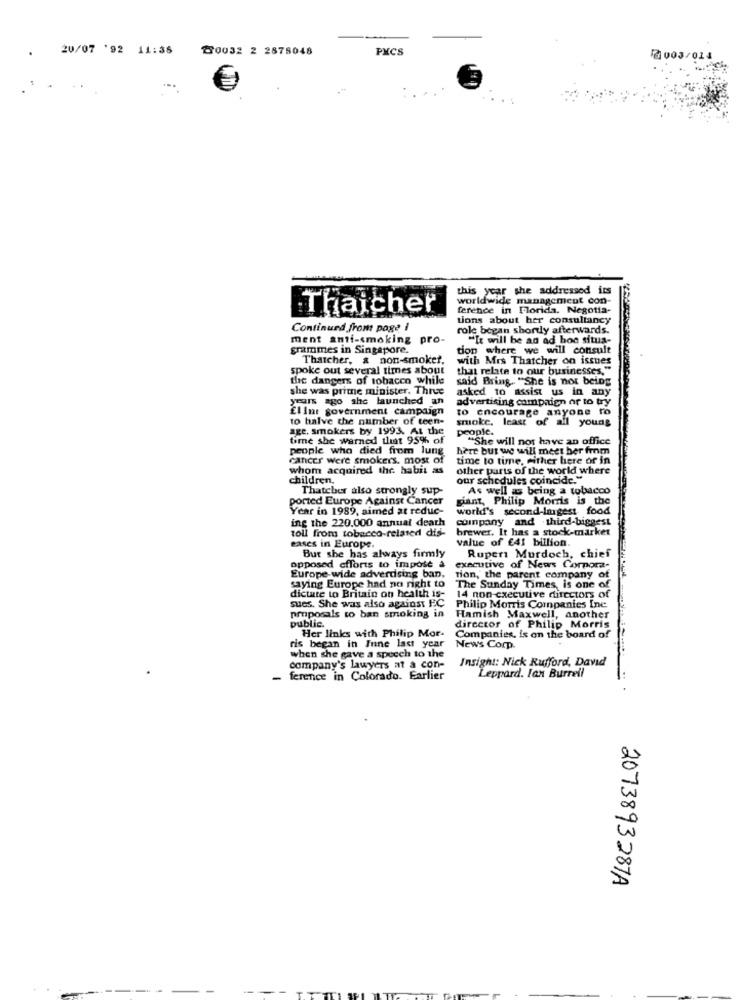
20/07 '92 11:35
20032 2 2878048
PXCS
2003/014
this year she addressed its
worldwide management con-
Thaicher
ference in Florida. Negotia-
tions about her consultancy
Continued from poge i
role began shortly afterwards.
ment anti-smoking pro-
"It will be an ad hoc situa-
grammes in Singapore.
tion where we will consult
Thatcher, & non-smoker,
with Mrs Thatcher on issues
spoke out several times about
that relate to our businesses,
the dangers of tobacco while
said Bring .. "She is not being
she was prime minister. Three
asked to assist us in any
years ago she launched an
advertising campaign or to try
El Int government campaign
to encourage anyone to
to halve the number of teen-
smoke.
least of all young
age, smokers by 1993. At the
people.
time she warned that 95% of
"She will not have an office
people who died from lung
here but we will meet her from
cancer were smokers. most of
time to time, either bere or in
whom acquired the habit as
other parts of the world where
children,
our schedules coincide."
Thatcher also strongly sup-
As well as being a tobacco
ported Europe Against Cancer
giant, Philip Morris is the
Year in 1989, aimed at reduc-
world's second-largest food
ing the 220.000 annual dearh
company and third-biggest
toll from tobacco-related dis-
brewer. It has a stock-market
value of €41 billion.
eases in Europe.
But she has always firmly
Rupert Murdoch, chief
opposed efforts to impose a
executive of News Corpora-
Europe-wide advertising ban,
tion,' the parent company of
saying Europe had no right to
The Sunday Times is one of
dictate to Britain on health is-
14 non-executive directors of
sucs. She was also against FC
Philip Morris Companies Inc
proposals to ban smoking in
public.
Hamish Maxwell, another
Her links with Philip Mor.
director of Philip Morris
ris began in June last year
Companies, is on the board of
News Corp.
when she gave a speech to the
company's lawyers at a con-
Insight: Nick Rufford, David
- ference in Colorado. Earlier
Leppard. lax Burrell
2073893287A